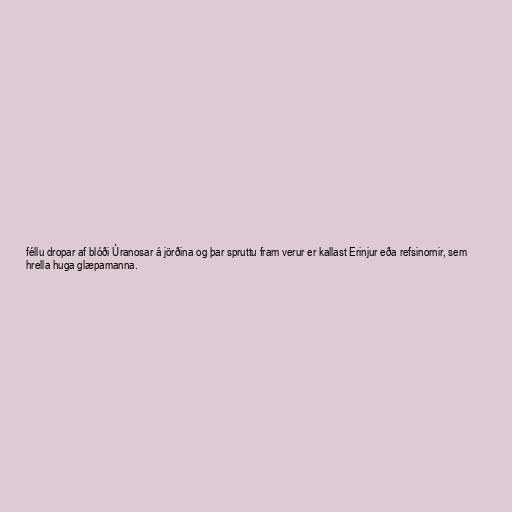
féllu dropar af blóði Úranosar á jörðina og þar spruttu fram verur er kallast Erinjur eða refsinornir, sem
hrella huga glæpamanna.